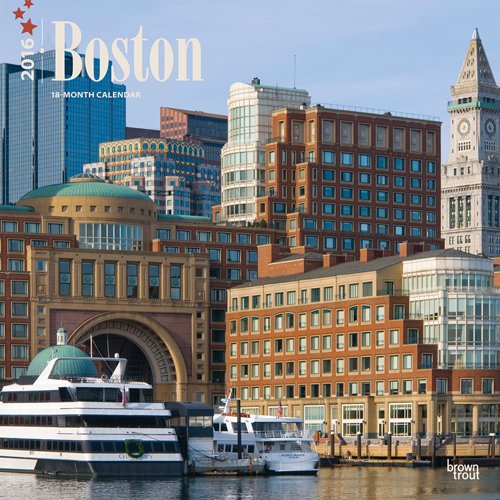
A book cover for Boston 2016 Square 12x12 (Multilingual Edition); Browntrout Publishers; Travel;